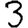
Digit: 3